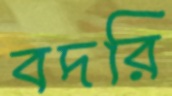
বদরি